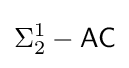
\Sigma _{2}^{1}-{\mathsf {AC}}